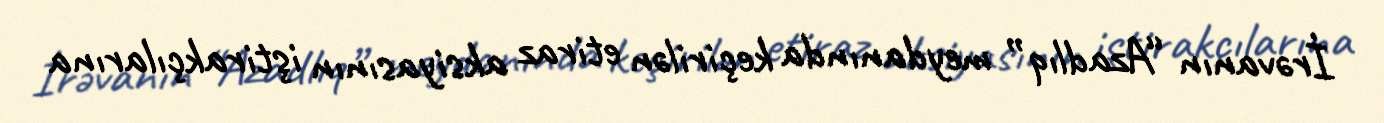
İrəvanın “Azadlıq” meydanında keçirilən etiraz aksiyasının iştirakçılarına